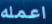
اعمله